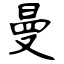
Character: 曼